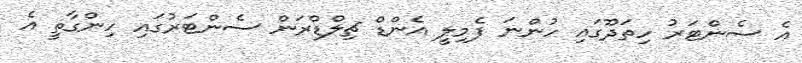
އެ ސެންޓަރު ހިތަދޫގައި ހުންނަ ފެމިލީ އެންޑް ޗިލްޑްރަން ސެންޓަރުގައި ހިންގާތީ އެ